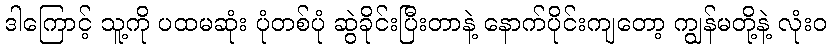
ဒါကြောင့် သူ့ကို ပထမဆုံး ပုံတစ်ပုံ ဆွဲခိုင်းပြီးတာနဲ့ နောက်ပိုင်းကျတော့ ကျွန်မတို့နဲ့ လုံးဝ